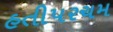
હતીપરચમ